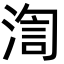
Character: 渹